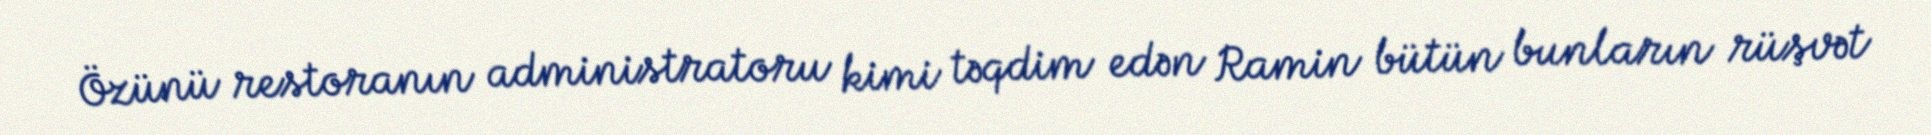
Özünü restoranın administratoru kimi təqdim edən Ramin bütün bunların rüşvət